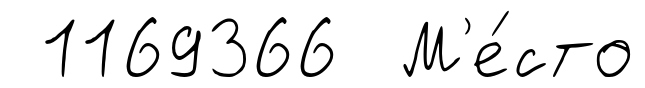
1169366 М'е́сто